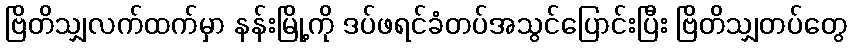
ဗြိတိသျှလက်ထက်မှာ နန်းမြို့ကို ဒပ်ဖရင်ခံတပ်အသွင်ပြောင်းပြီး ဗြိတိသျှတပ်တွေ